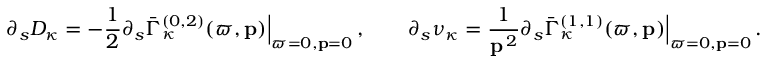
\partial _ { s } D _ { \kappa } = - \frac 1 2 \partial _ { s } \bar { \Gamma } _ { \kappa } ^ { ( 0 , 2 ) } ( \varpi , { \bf p } ) \Big | _ { \varpi = 0 , { \bf p } = 0 } \, , \qquad \partial _ { s } \nu _ { \kappa } = \frac { 1 } { { \bf p } ^ { \, 2 } } \partial _ { s } \bar { \Gamma } _ { \kappa } ^ { ( 1 , 1 ) } ( \varpi , { \bf p } ) \Big | _ { \varpi = 0 , { \bf p } = 0 } \, .